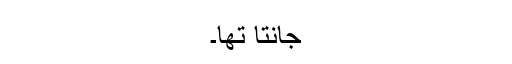
جانتا تھا۔